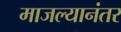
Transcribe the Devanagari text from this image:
माजल्यानंतर